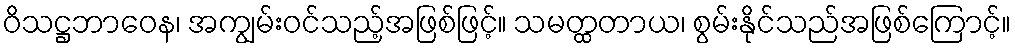
ဝိသဋ္ဌဘာဝေန၊ အကျွမ်းဝင်သည့်အဖြစ်ဖြင့်။ သမတ္ထတာယ၊ စွမ်းနိုင်သည်အဖြစ်ကြောင့်။